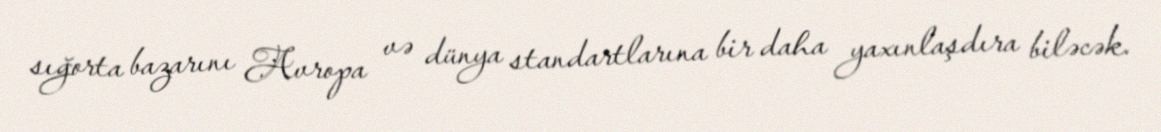
sığorta bazarını Avropa və dünya standartlarına bir daha yaxınlaşdıra biləcək.